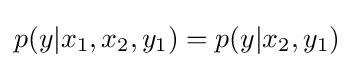
p(y|x_{1},x_{2},y_{1})=p(y|x_{2},y_{1})